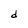
Character: d